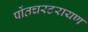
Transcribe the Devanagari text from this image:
पोंतचरटरायण